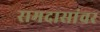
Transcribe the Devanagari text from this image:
रामदासांवर